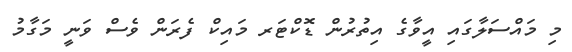
މި މައްސަލާގައި އީވާގެ އިތުރުން ޑޮކްޓަރ މައިކް ފެރަން ވެސް ވަނީ މަގާމު